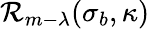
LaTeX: \mathcal{R}_{m-\lambda}(\sigma_{b},\kappa)